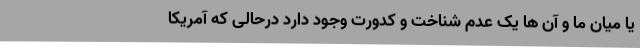
یا میان ما و آن ها یک عدم شناخت و کدورت وجود دارد درحالی که آمریکا